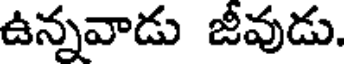
ఉన్నవాడు జీవుడు.